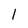
Character: 1